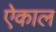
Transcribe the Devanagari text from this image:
ऐकाल